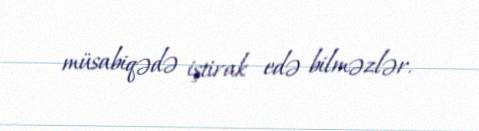
müsabiqədə iştirak edə bilməzlər.